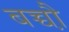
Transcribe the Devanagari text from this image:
बच्चौ़